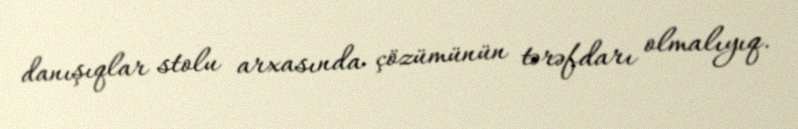
danışıqlar stolu arxasında çözümünün tərəfdarı olmalıyıq.